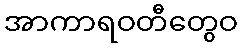
အာကာရဝတီတွေဝ